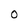
Character: O